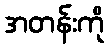
အတန်းကို